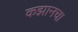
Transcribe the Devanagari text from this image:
कझानचा